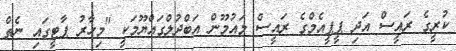
ކުރީގެ ރައީސް އަދި ޕީޕީއެމްގެ ރައީސް މައުމޫން އަބްދުލްގައްޔޫމަކީ "މިހާރު ޕާޓީގައި ނެތް